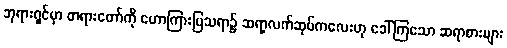
ဘုရားရှင်မှာ တရားတော်ကို ဟောကြားပြသရာ၌ ဆရာ့လက်ဆုပ်ကလေးဟု ခေါ်ကြသော ဆရာစားများ